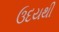
ઉદયથી